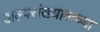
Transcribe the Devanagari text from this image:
अल्पसंख्याकच्या